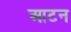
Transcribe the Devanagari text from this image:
आटन